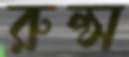
রুল্স